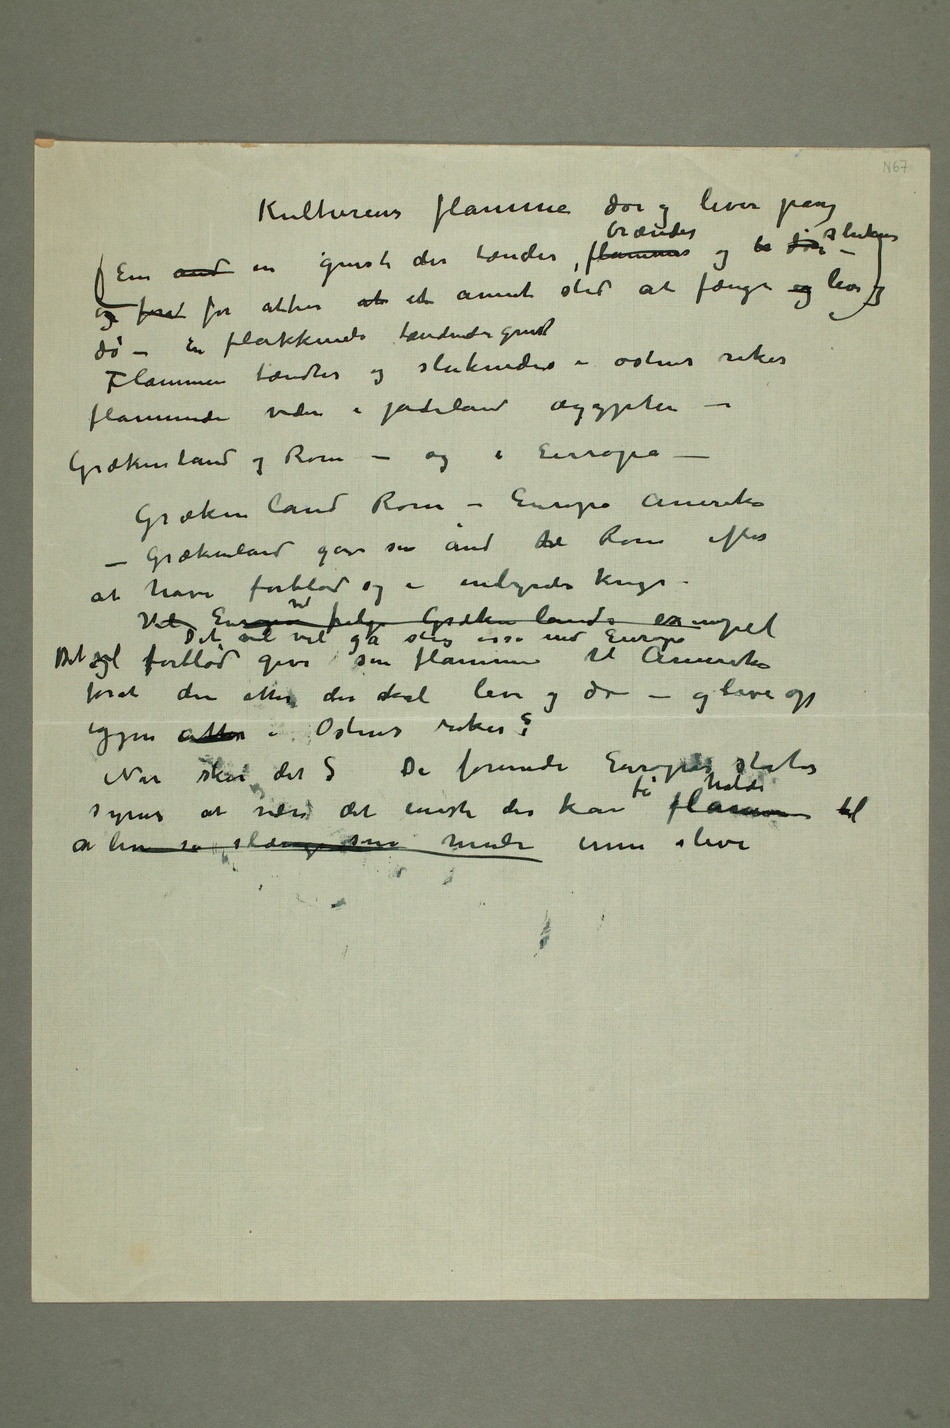
Kulturens flamme dør og lever påny
En ånd en gnist der tændes, flammes brændes og
br dør sluknes
– og forat for atter at ent annet sted at fænge og liv
– dø – En flakkende tændende gnist
sluknedes i østens riker
flammede videre i jødeland ægypten –
Grekenland og Rom – og i Europa –
Grækenland Rom – Europa Amerika
– Grækenland gav sin ånd til Rom efter
at have forblød sig i inbyrdes krig –
vil følge Grækenlands exempel
Det vil vel gå slig osså med Europa
ogDet vil forblød give sin flamme til Amerika
forat den atter der skal leve og dø – og leve op
igjen atter i Østens riker?
Når sker det? De forenede Europas stater
holde